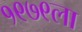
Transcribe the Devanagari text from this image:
१९७९ला